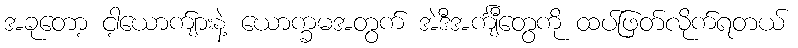
အခုတော့ ငါ့ယောက်ျားနဲ့ ယောက္ခမအတွက် အဲဒီအင်္ကျီတွေကို ထပ်ဖြတ်လိုက်ရတယ်